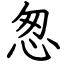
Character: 怱